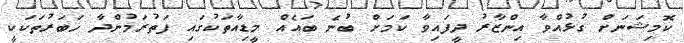
ކޮމިޝަނަށް ގުޅުއްވާ އިންޒާރު ދީފައިވާ ކަމަށް ބުނެ ބައެއް މީޑިއާތަކުގައި ފަތުރަމުންދާ ޚަބަރުތަކަކީ